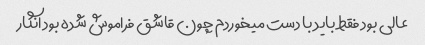
عالی بود فقط باید با دست میخوردم چون قاشق فراموش شده بود انگار